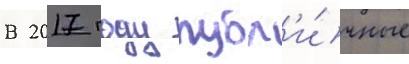
В 2017 году публ'и́чные